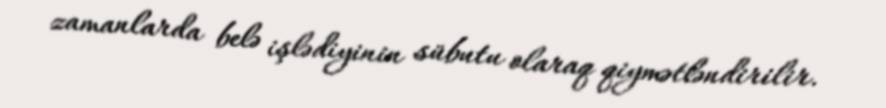
zamanlarda belə işlədiyinin sübutu olaraq qiymətləndirilir.